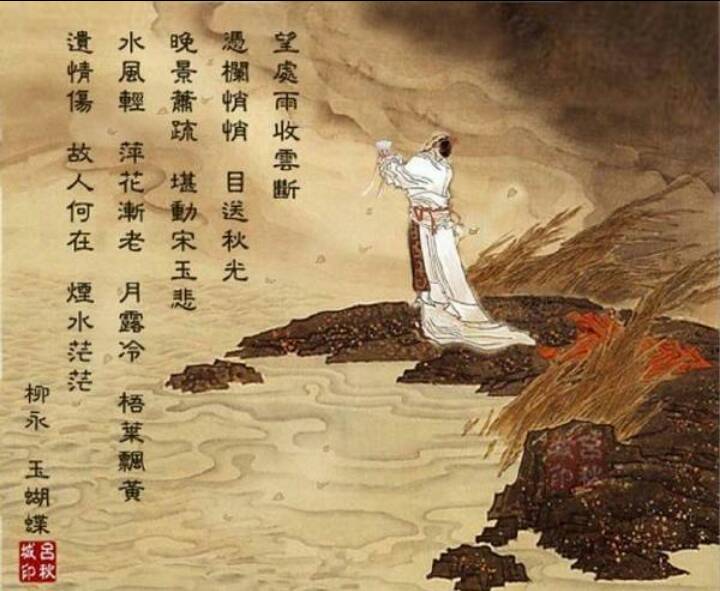
故人何在，烟水茫茫。